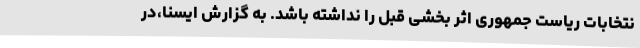
نتخابات ریاست جمهوری اثر بخشی قبل را نداشته باشد. به گزارش ایسنا،در